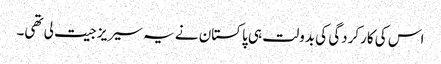
اس کی کارکردگی کی بدولت ہی پاکستان نے یہ سیریز جیت لی تھی۔